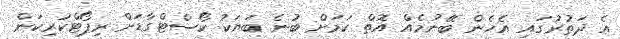
އެ ދަތުރުގައި އެހެން ބޭނުމެއް އޮތް ކަމަށް ބުނެ ބަޔަކު ކޯސްޓްގާޑަށް ރިޕޯޓްކުރިކަން